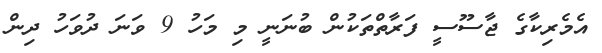
އެމެރިކާގެ ޖާސޫސީ ފަރާތްތަކުން ބުނަނީ މި މަހު 9 ވަނަ ދުވަހު ދިން